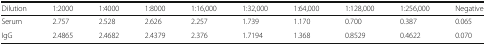
<table><thead><tr><td><b>Dilution</b></td><td><b>1:2000</b></td><td><b>1:4000</b></td><td><b>1:8000</b></td><td><b>1:16,000</b></td><td><b>1:32,000</b></td><td><b>1:64,000</b></td><td><b>1:128,000</b></td><td><b>1:256,000</b></td><td><b>Negative</b></td></tr></thead><tbody><tr><td>Serum</td><td>2.757</td><td>2.528</td><td>2.626</td><td>2.257</td><td>1.739</td><td>1.170</td><td>0.700</td><td>0.387</td><td>0.065</td></tr><tr><td>IgG</td><td>2.4865</td><td>2.4682</td><td>2.4379</td><td>2.376</td><td>1.7194</td><td>1.368</td><td>0.8529</td><td>0.4622</td><td>0.070</td></tr></tbody></table>